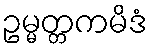
ဥမ္မတ္တကမိဒံ